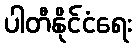
ပါတီနိုင်ငံရေး